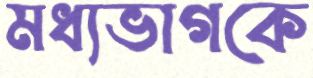
মধ্যভাগকে